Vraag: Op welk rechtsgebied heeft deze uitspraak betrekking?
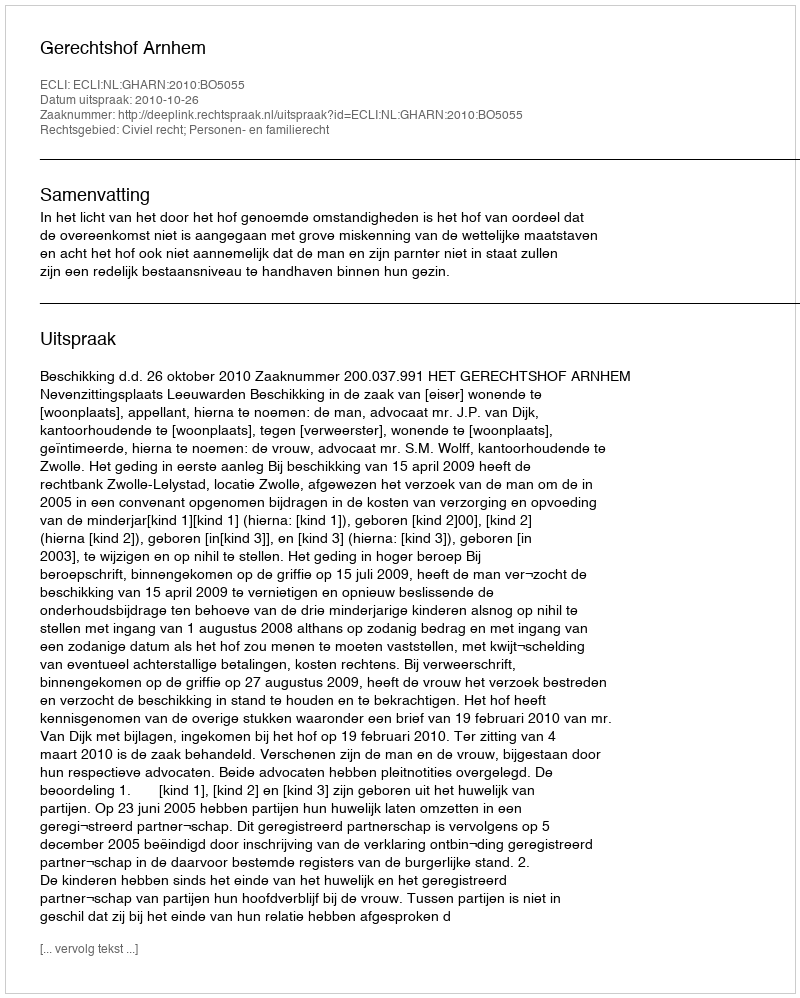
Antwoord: Civiel recht; Personen- en familierecht